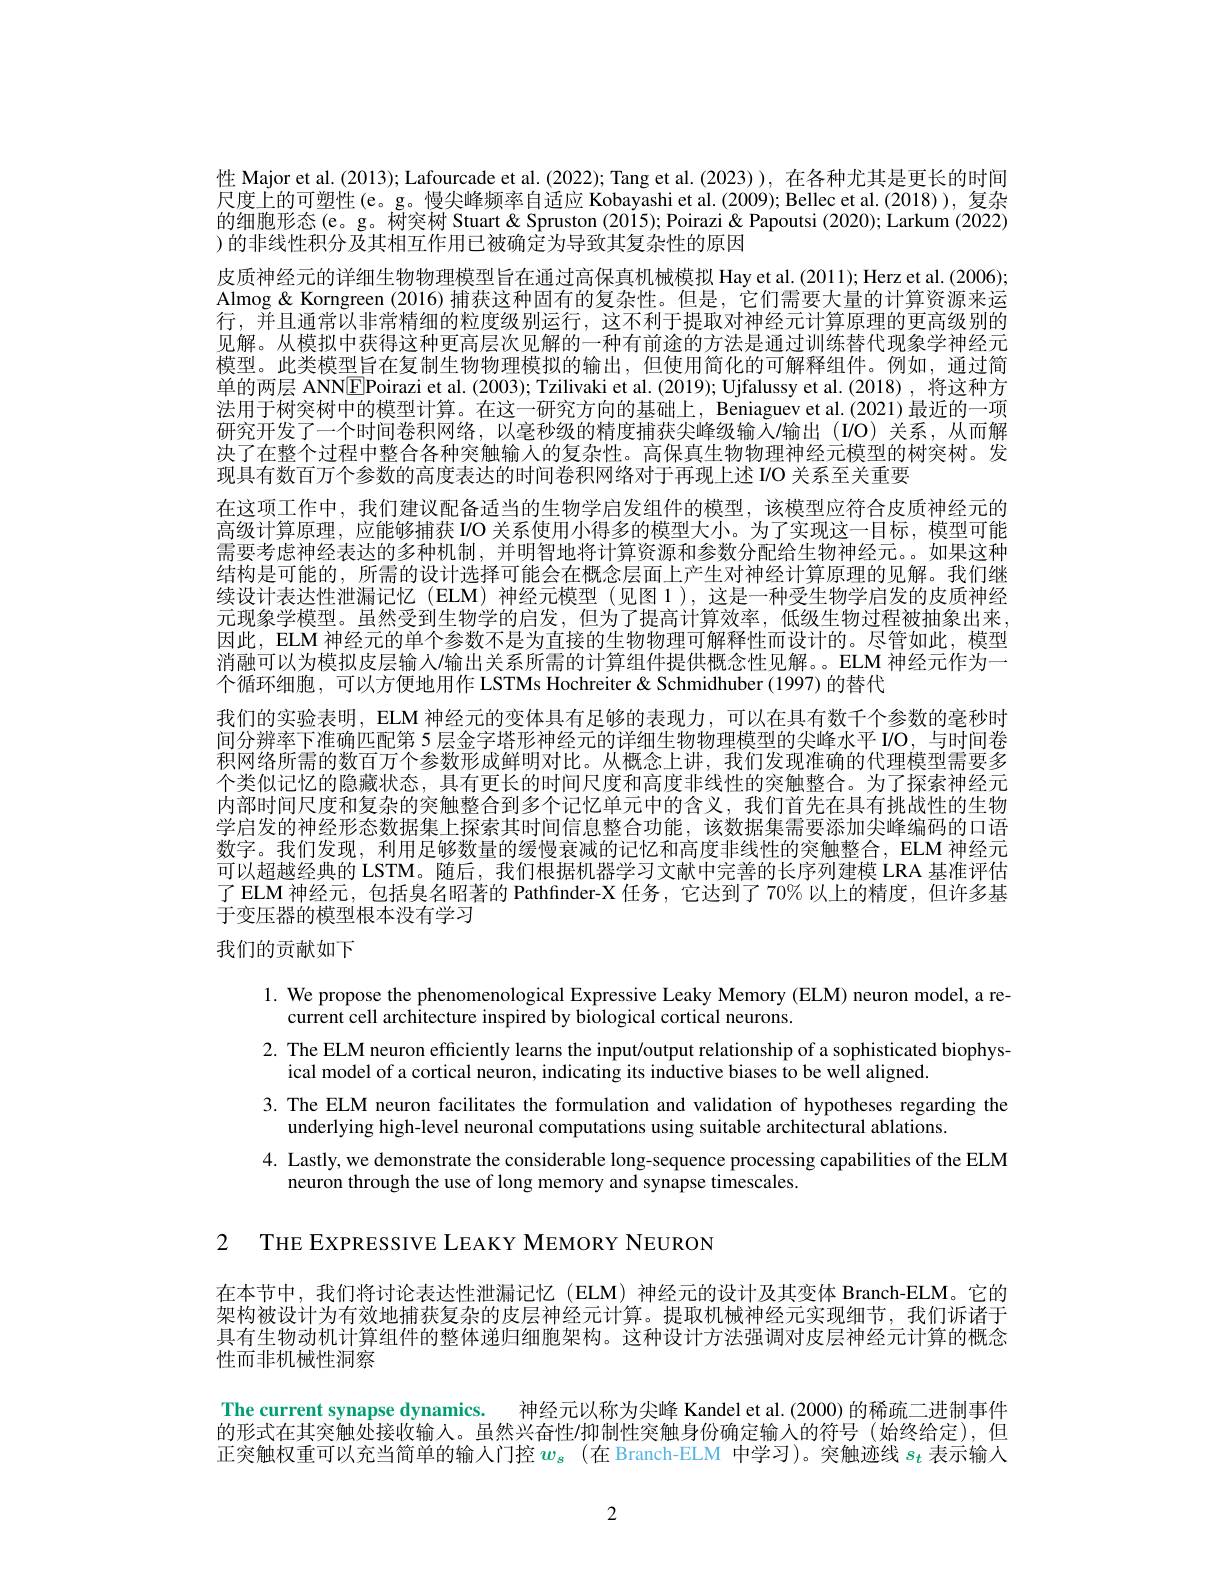
性 Major et al. (2013); Lafourcade et al. (2022); Tang et al. (2023) ), 在各种尤其是更长的时间尺度上的可塑性(e。g。慢尖峰频率自适应 Kobayashi et al. (2009); Bellec et al. (2018)), 复杂的细胞形态(e。g。树突树 Stuart& Spruston (2015); Poirazi & Papoutsi (2020); Larkum (2022) )的非线性积分及其相互作用已被确定为导致其复杂性的原因
皮质神经元的详细生物物理模型旨在通过高保真机械模拟 Hay et al.(2011); Herz et al.(2006); Almog& Korngreen (2016) 捕获这种固有的复杂性。但是，它们需要大量的计算资源来运行，并且通常以非常精细的粒度级别运行，这不利于提取对神经元计算原理的更高级别的见解。从模拟中获得这种更高层次见解的一种有前途的方法是通过训练替代现象学神经元模型。此类模型旨在复制生物物理模拟的输出，但使用简化的可解释组件。例如，通过筒单的两层 ANN$\boxed{\mathrm{E}}$Poirazi et al. (2003); Tzilivaki et al. (2019); Ujfalussy et al. (2018), 将这种方法用于树突树中的模型计算。在这一研究方向的基础上，Beniaguev et al.(2021)最近的一项研究开发了一个时间卷积网络，以毫秒级的精度捕获尖峰级输人/输出(I/O)关系，从而解决了在整个过程中整合各种突触输人的复杂性。高保真生物物理神经元模型的树突树。发现具有数百万个参数的高度表达的时间卷积网络对于再现上述 I/O 关系至关重要
在这项工作中，我们建议配备适当的生物学启发组件的模型，该模型应符合皮质神经元的高级计算原理，应能够捕获 IO 关系使用小得多的模型大小。为了实现这一目标，模型可能需要考虑神经表达的多种机制，并明智地将计算资源和参数分配给生物神经元。如果这种结构是可能的，所需的设计选择可能会在概念层面上产生对神经计算原理的见解。我们继续设计表达性泄漏记忆(ELM)神经元模型(见图1),这是一种受生物学启发的皮质神经元现象学模型。虽然受到生物学的启发，但为了提高计算效率，低级生物过程被抽象出来， 因此，ELM 神经元的单个参数不是为直接的生物物理可解释性而设计的。尽管如此，模型消融可以为模拟皮层输入$l$输出关系所需的计算组件提供概念性见解。。ELM 神经元作为一个循环细胞，可以方便地用作 LSTMs Hochreiter & Schmidhuber (1997) 的替代
我们的实验表明，ELM 神经元的变体具有足够的表现力，可以在具有数千个参数的毫秒时间分辨率下准确匹配第 5层金字塔形神经元的详细生物物理模型的尖峰水平 I/O,与时间卷积网络所需的数百万个参数形成鲜明对比。从概念上讲，我们发现准确的代理模型需要多个类似记忆的隐藏状态，具有更长的时间尺度和高度非线性的突触整合。为了探索神经元内部时间尺度和复杂的突触整合到多个记忆单元中的含义，我们首先在具有挑战性的生物学启发的神经形态数据集上探索其时间信息整合功能，该数据集需要添加尖峰编码的口语数字。我们发现，利用足够数量的缓慢衰减的记忆和高度非线性的突触整合，ELM 神经元可以超越经典的 LSTM。随后，我们根据机器学习文献中完善的长序列建模 LRA 基准评估了 ELM 神经元，包括臭名昭著的 Pathfinder-X 任务，它达到了 70% 以上的精度，但许多基于变压器的模型根本没有学习
我们的贡献如下

1. We propose the phenomenological Expressive Leaky Memory (ELM) neuron model, a re-
current cell architecture inspired by biological cortical neurons.
2. The ELM neuron efficiently learns the input/output relationship of a sophisticated biophys-
ical model of a cortical neuron, indicating its inductive biases to be well aligned
3. The ELM neuron facilitates the formulation and validation of hypotheses regarding the
underlying high-level neuronal computations using suitable architectural ablations.
4. Lastly, we demonstrate the considerable long-sequence processing capabilities of the ELM
neuron through the use of long memory and synapse timescales

2 THE EXPRESSIVE LEAKY MEMORY NEURON

在本节中，我们将讨论表达性泄漏记忆(ELM)神经元的设计及其变体 Branch-ELM。它的架构被设计为有效地捕获复杂的皮层神经元计算。提取机械神经元实现细节，我们诉诸于具有生物动机计算组件的整体递归细胞架构。这种设计方法强调对皮层神经元计算的概念性而非机械性洞察

The current synapse dynamics. 神经元以称为尖峰 Kandel et al. (2000) 的稀疏二进制事件的形式在其突触处接收输入。虽然兴奋性/抑制性突触身份确定输入的符号(始终给定),但正突触权重可以充当简单的输人门控$w_s$ (在 Branch-ELM 中学习)。突触迹线$s_t$表示输入

2